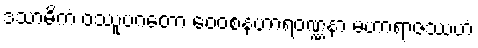
ဒသာဓိကံ ဝဿူပဂတော ဝေဝစနဟာရဝဏ္ဏနာ မဟာရာဇဿဟံ